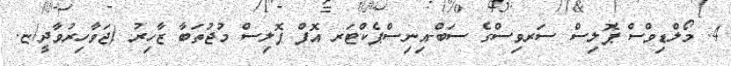
4. މޯލްޑިވްސް ޕޮލިސް ސަރވިސްގެ ސަބް-އިނިސްޕެކްޓަރ އޮފް ޕޮލިސް މުޖުތަބާ ޒާހިރު (ޖަވާހިރުވާދީ/ޏ.